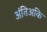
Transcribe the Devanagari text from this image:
अंतिअकि